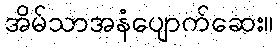
အိမ်သာအနံပျောက်ဆေး။